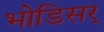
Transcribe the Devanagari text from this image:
भोडिसर्